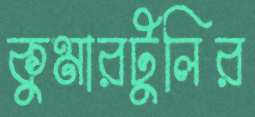
কুমারটুলির